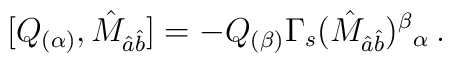
[Q_{(\alpha)},\hat{M}_{\hat{a}\hat{b}}] = -Q_{(\beta)}\Gamma_{s}(\hat{M}_{\hat{a}\hat{b}})^{\beta}{}_{\alpha}\, .